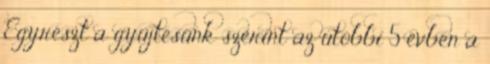
Egyrészt a gyűjtésünk szerint az utóbbi 5 évben a